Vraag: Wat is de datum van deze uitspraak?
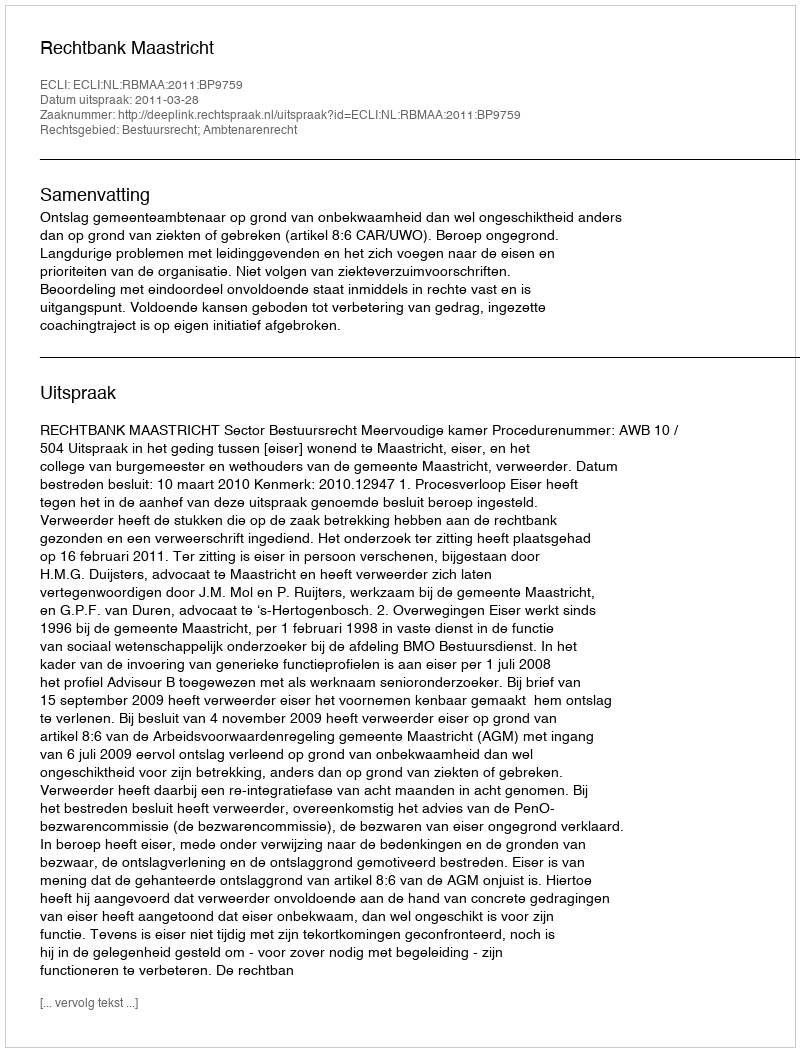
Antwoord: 2011-03-28